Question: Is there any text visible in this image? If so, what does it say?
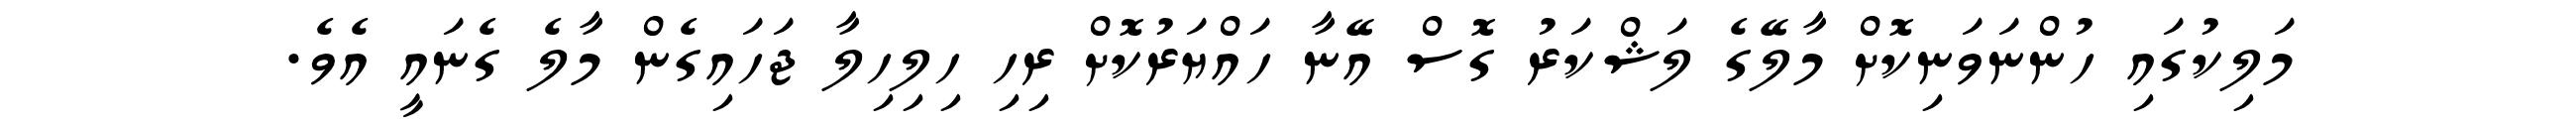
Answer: މަލިކުގައި ހުންނަވަނިކޮށް މާލޭގެ ލަޝްކަރު ގޮސް އޭނާ ހައްޔަރުކޮށް ރިހި ހިލިހިލާ ޖަހައިގެން މާލެ ގެނައީ އެވެ.